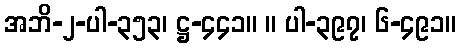
အဘိ-၂-ပါ-၃၅၃၊ ဋ္ဌ-၄၄၁။ ။ ပါ-၃၉၇၊ ၆-၄၉၁။